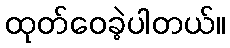
ထုတ်ဝေခဲ့ပါတယ်။